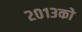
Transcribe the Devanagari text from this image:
२०१३को